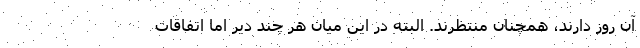
آن روز دارند، همچنان منتظرند. البته در این میان هر چند دیر اما اتفاقات